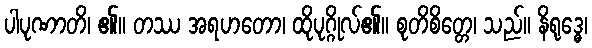
ပါပုဏာတိ၊ ၏။ တဿ အရဟတော၊ ထိုပုဂ္ဂိုလ်၏။ စုတိစိတ္တေ၊ သည်။ နိရုဒ္ဓေ၊